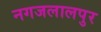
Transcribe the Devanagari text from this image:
नगजलालपुर